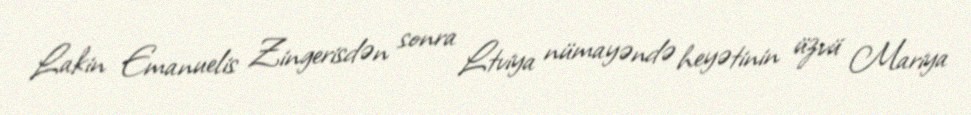
Lakin Emanuelis Zingerisdən sonra Ltviya nümayəndə heyətinin üzvü Mariya